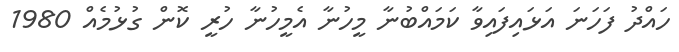
ހައްދު ފަހަނަ އަޅައިފައިވާ ކަމައްބުނާ މީހުނާ އެމީހުނާ ހުރީ ކޮން ގުޅުމެއް 1980